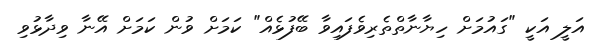
އަލީ އަކީ "ގައުމަށް ހިޔާނާތްތެރިވެފައިވާ ބޭފުޅެއް" ކަމަށް ވުން ކަމަށް އޭނާ ވިދާޅުވި